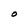
Character: 0